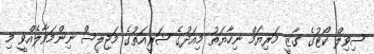
ސިވިލް ކޯޓުގެ ގާޒީ މަރިޔަމް ނިހާޔަތު މިއަދުގެ ޝަރީއަތުގެ މަޖިލީސް ނިންމަވާލެއްވީ މި